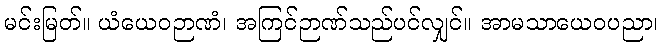
မင်းမြတ်။ ယံယေဝဉာဏံ၊ အကြင်ဉာဏ်သည်ပင်လျှင်။ အာမသာယေဝပညာ၊